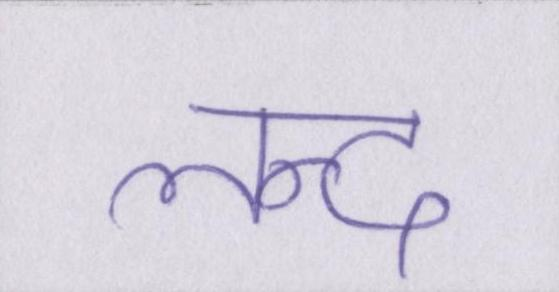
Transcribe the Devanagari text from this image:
लन्द